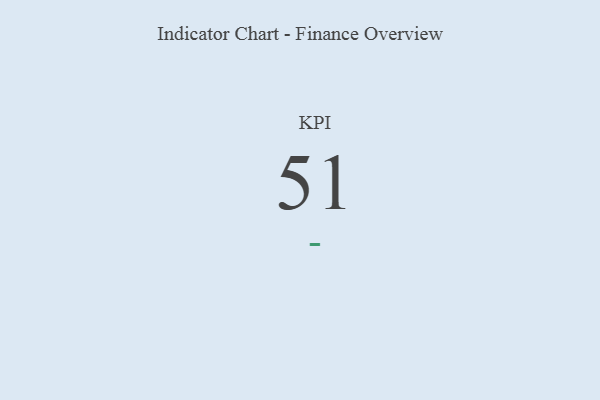
{"axis": {"x": "KPI", "y": "Value"}, "legend": [""], "data": [{"x": "KPI", "y": 51, "type": ""}]}